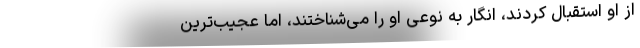
از او استقبال کردند، انگار به نوعی او را می‌شناختند، اما عجیب‌ترین